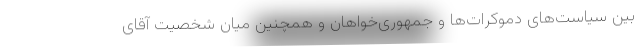
بین سیاست‌های دموکرات‌ها و جمهوری‌خواهان و همچنین میان شخصیت آقای